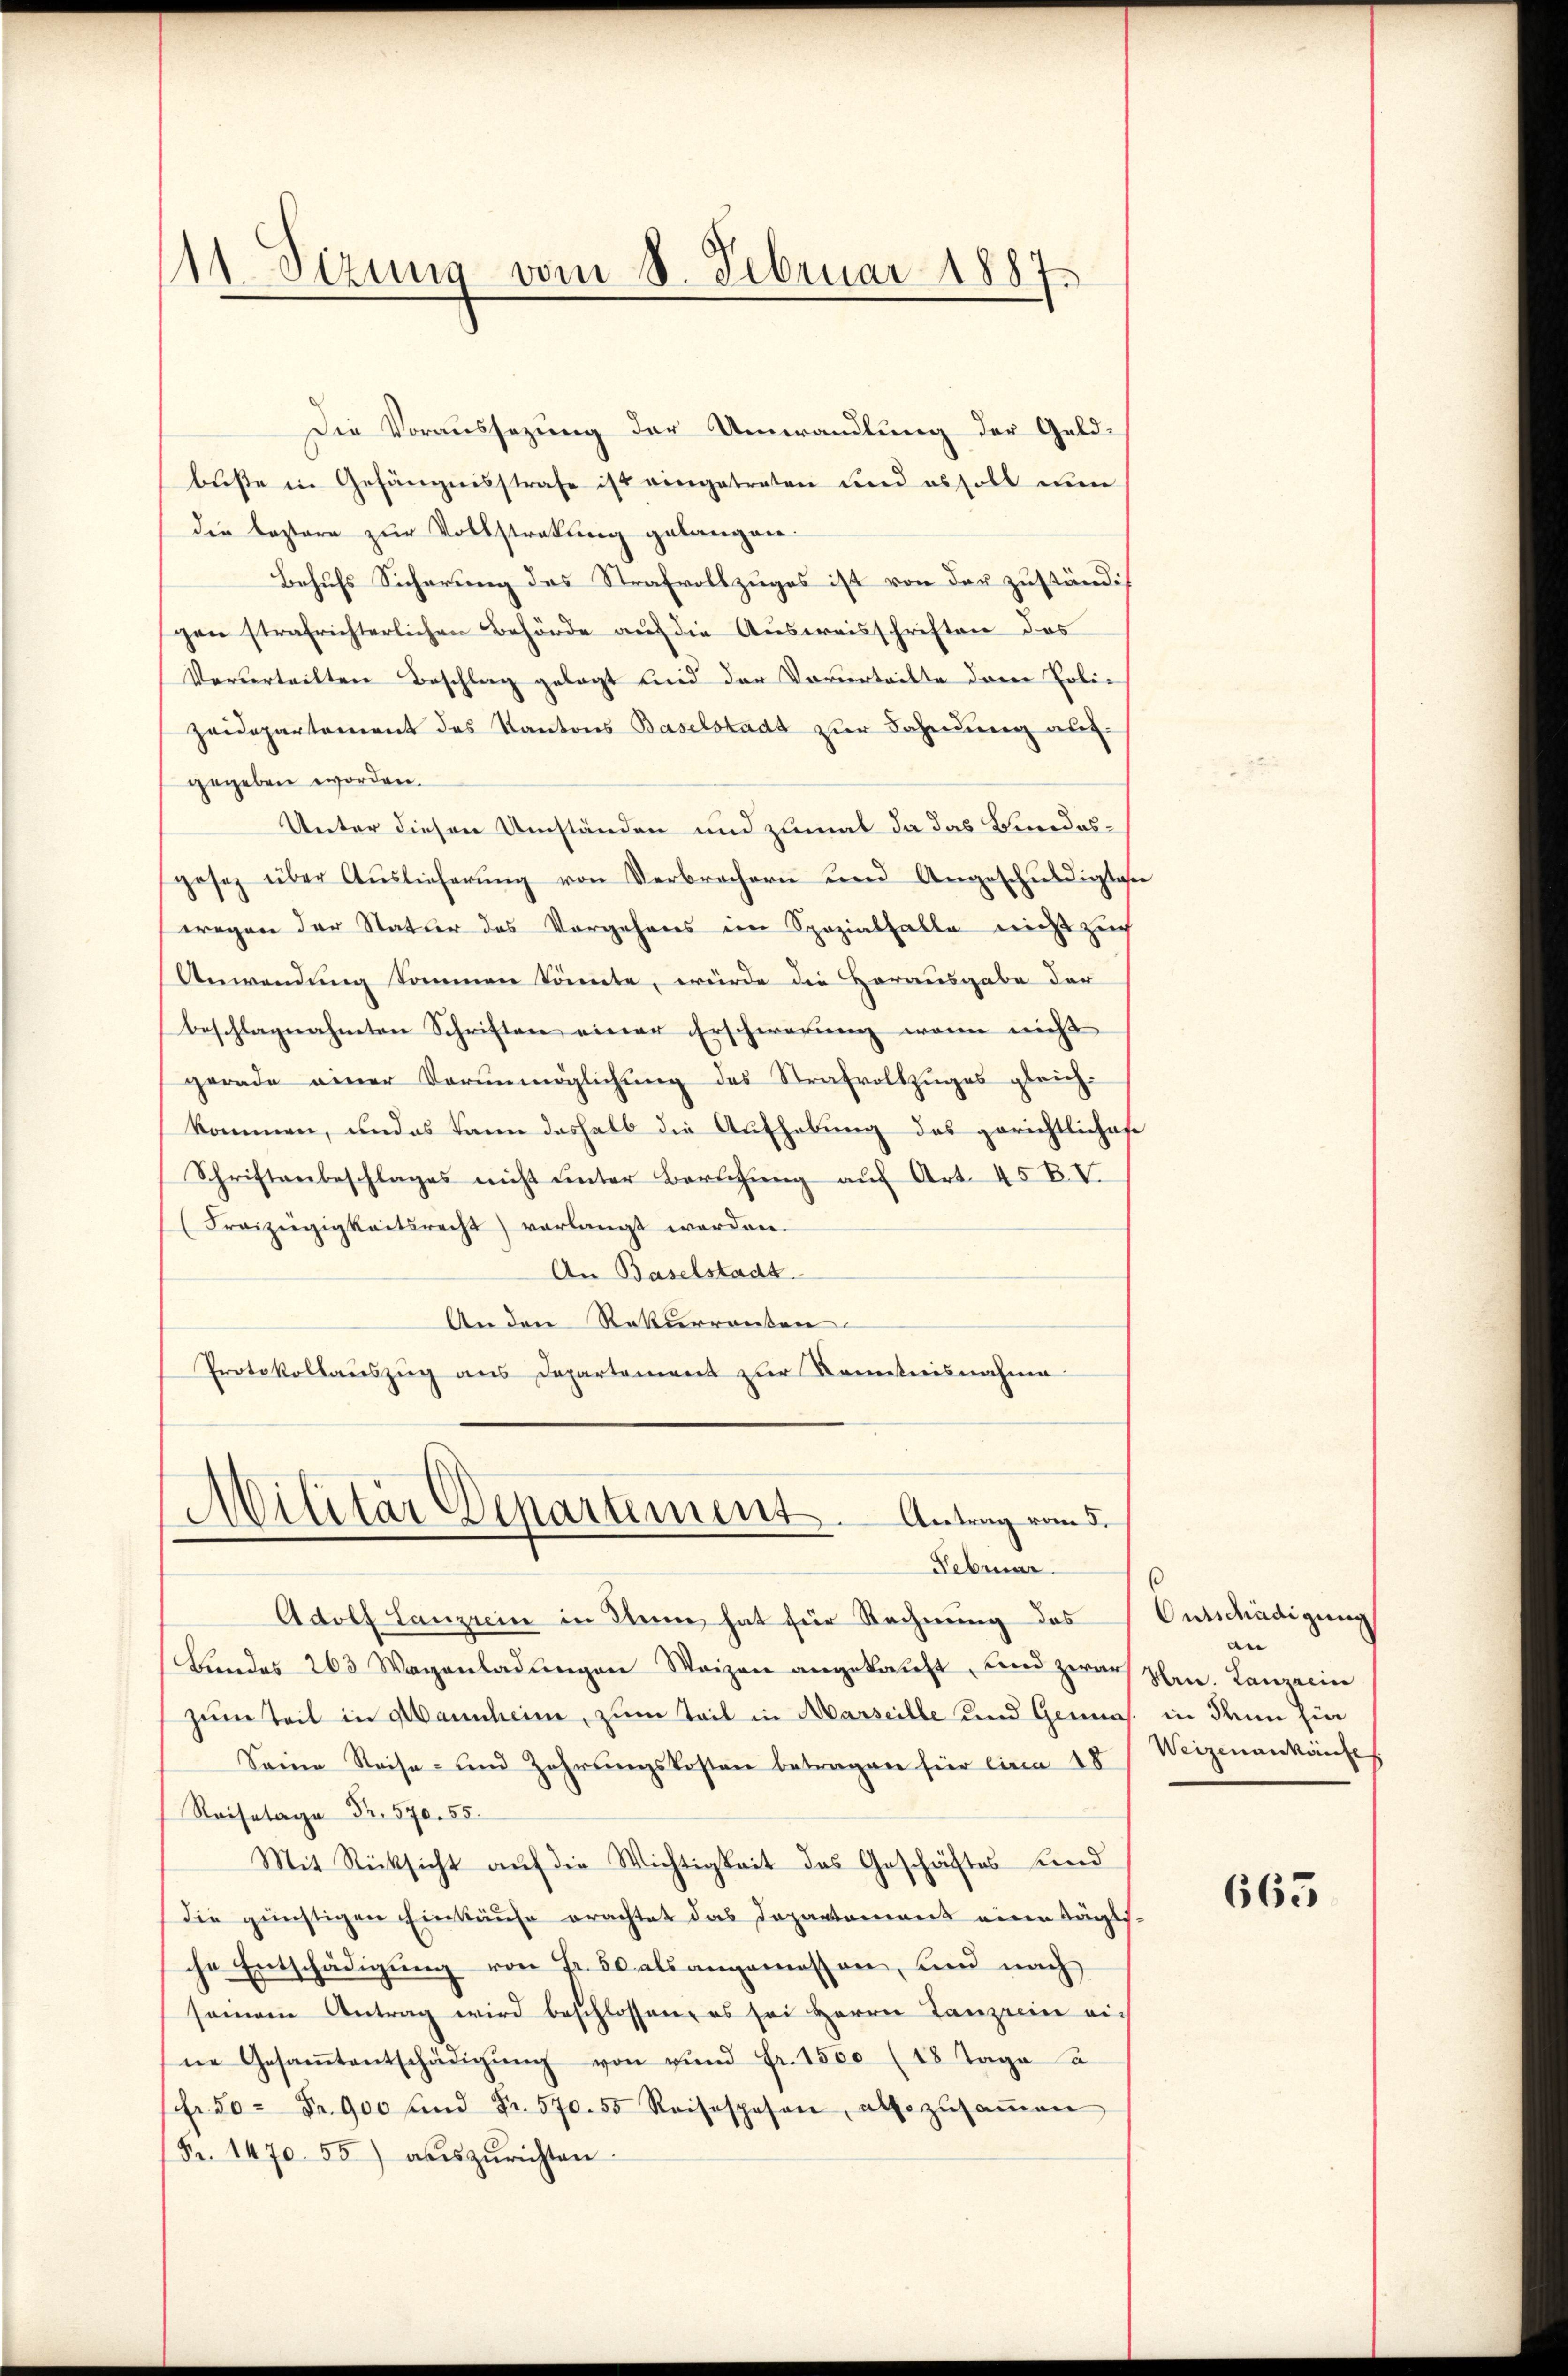
11 Sizung vom 8. Februar 1887.

Die Voraussezung der Umwandlung der Geldbüste in Gefängnisstrafe ist eingetreten und absoll nun
die Castare zur Vollstratung gelangen.
Behufs Sicherung des Strafvollzuges ist von der zuständi
gen strafrichterlichen Behörde auf die Ausweisschriften das
Verurteilten Beschlag gelegt und der Vorvertritte der Erli¬
Zeidepartement des Kantons Baselstadt zur Fahndung aufgegeben worden.
Unter diesen Umständen und zumal da das Bundesgosez über Aŭslieferŭng von Verbrechern und Angeschŭldigten
wegen der Statur das Vorgehens im Spozialfalle nicht zur
Anwendung kommen könnte, würde die Herausgabe der
beschlagnahmten Schriften einer Erschwerung wenn nicht
gerade einer Vorunmöglichung des Strafvollzuges gleich-
kommen, und es kann deshalb die Aufhebung des gerichtlichofe
Schriftenbeschlages nicht unter Berufung auf Art. 45 B. V.
(Freizügigkeitsrecht) verlangt werden.
An Baselstadt
An den Rekurrenten
Protokollauszug aus Departement zur Kenntnisnahme

Militär Departement. Antrag vom 5.
Februar

Adolf Lanzrein in Stein hat für Rechnung des
Bŭndes 263 Wagenladŭngen Waizen angekaŭft, und zwar Hrn. Lanzerin
zum Teil in Mannheim, zum Teil in Marseille und Genas. in den Ein
Seine Reise- und Zahrŭngskosten betragen für circa 18
.5
Mit Rücksicht auf die Wichtigkeit des Geschäftes und
die günstigen Einkäufe erachtet das Departement einen täglich
che Entschädigung von Fr. 50 als angemessen, und nach
seinem Antrag wird beschlossen, es sei Herrn Tanzerin eine Gesaṁtentschädigŭng von rŭnd Fr. 1500 (18 Tage a
fr. 50 Fr. 900 und Fr. 570. 55 Reisespesen, also zŭsaṁen
Fr. 1470. 55) auszurichten.

Ontschädigung
an
Weizen ankäufe

663